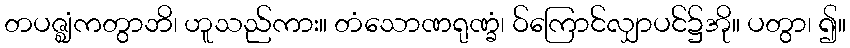
တပဇ္ဈံကတွာဘိ၊ ဟူသည်ကား။ တံသောဏရုဏ္ခံ၊ ဝ်ကြောင်လျှာပင်၌အို။ ပတွာ၊ ၍။